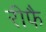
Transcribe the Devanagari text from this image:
रीफै